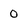
Character: 0